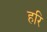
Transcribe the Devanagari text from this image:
हरि